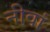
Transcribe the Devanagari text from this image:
नीवां